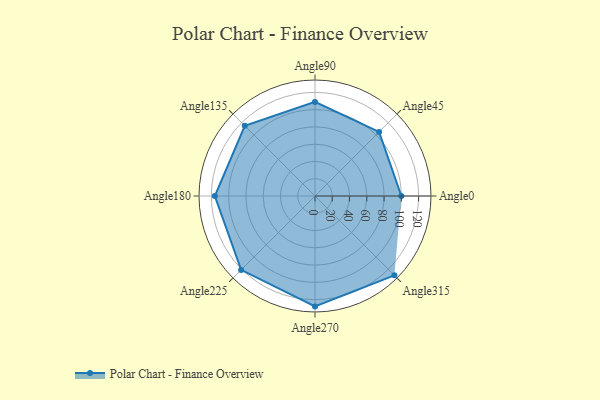
{"axis": {"x": "Angle", "y": "Radius"}, "legend": [""], "data": [{"x": "Angle0", "y": 100.0, "type": ""}, {"x": "Angle45", "y": 105.0, "type": ""}, {"x": "Angle90", "y": 109.0, "type": ""}, {"x": "Angle135", "y": 115.0, "type": ""}, {"x": "Angle180", "y": 116.0, "type": ""}, {"x": "Angle225", "y": 121.0, "type": ""}, {"x": "Angle270", "y": 128.0, "type": ""}, {"x": "Angle315", "y": 130.0, "type": ""}]}